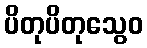
ပိတုပိတုသွေဝ